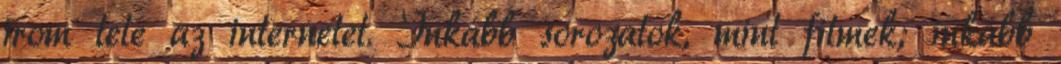
írom tele az internetet. Inkább sorozatok, mint filmek; inkább